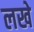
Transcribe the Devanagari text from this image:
लखे